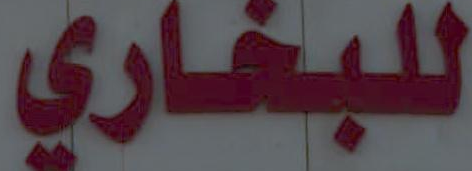
للبخاري